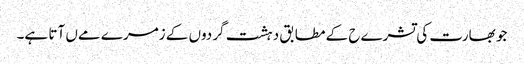
جو بھارت کی تشرےح کے مطابق دہشت گردوں کے زمرے مےں آتا ہے۔